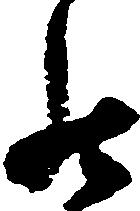
罷